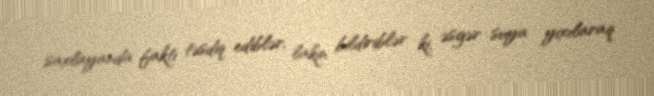
saxlayanda faktı təsdiq ediblər, lakin bildiriblər ki, əsgər suya yıxılaraq